Magi,_Artur, lk 80
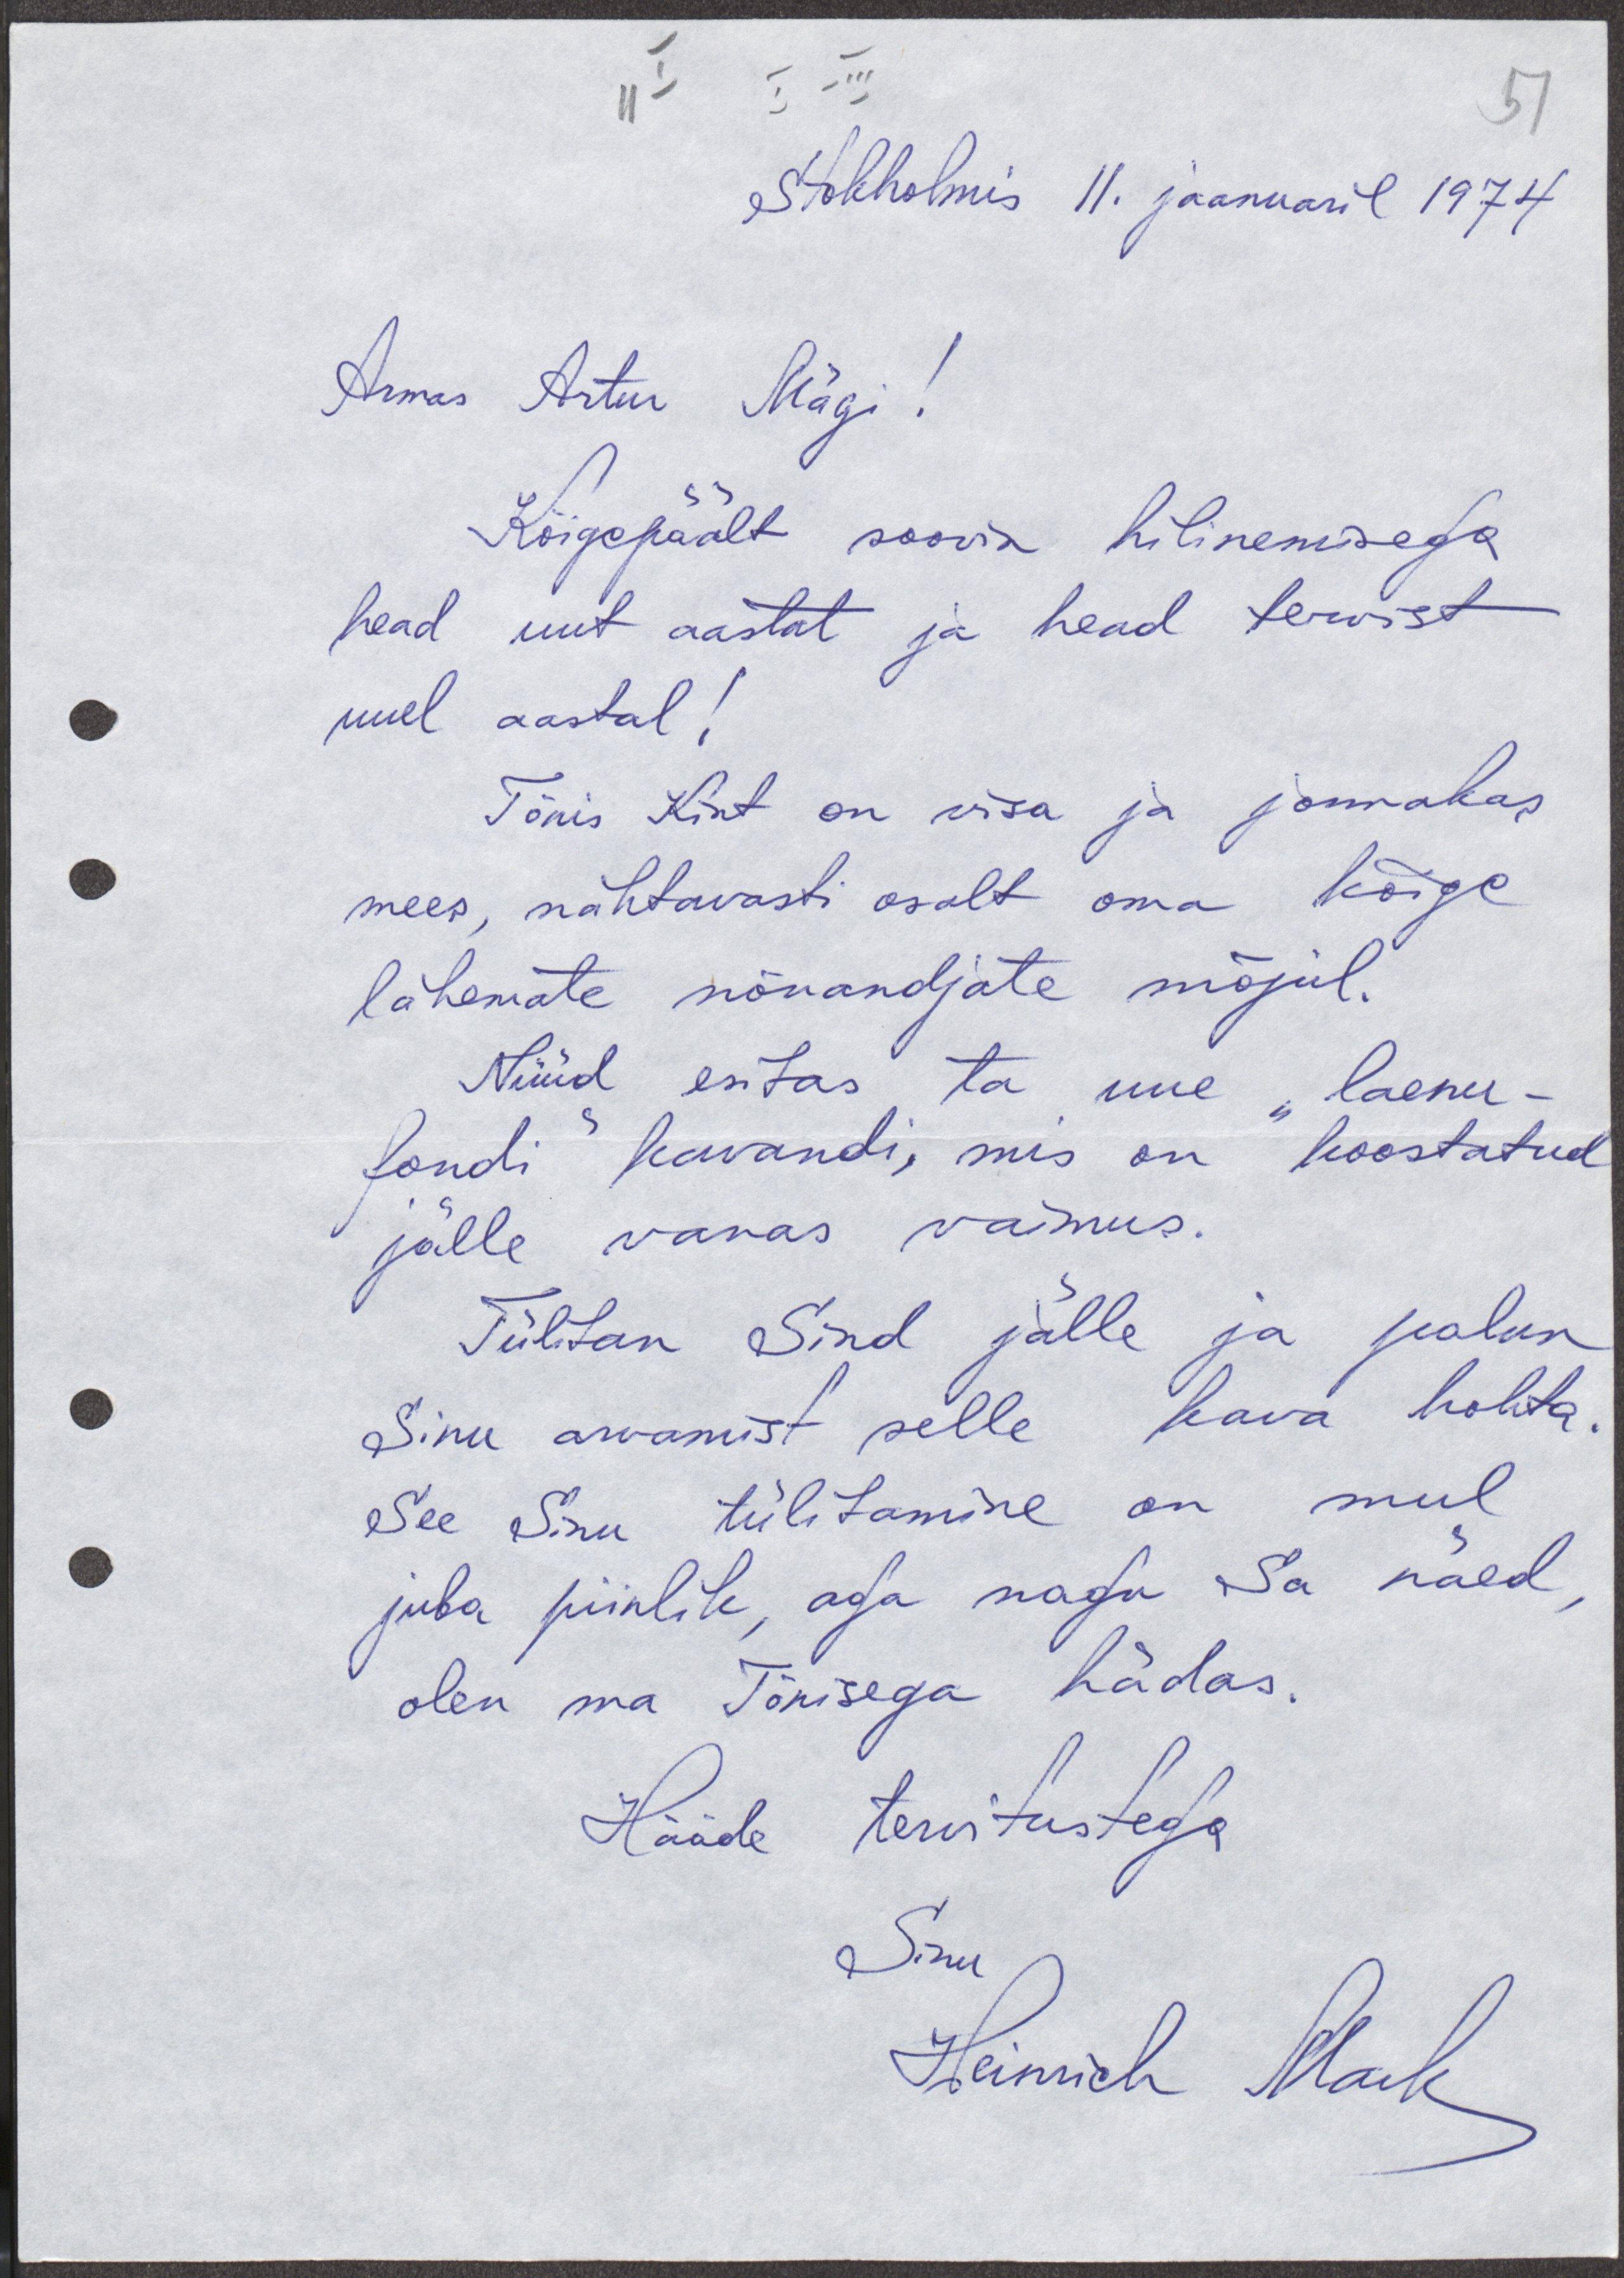
51
I
I-III
11
Stokholmis 11. jaanuaril 1974.
Armas Artur Mägi!
Kõigepäält soovin hilinemisega
head uut aastat ja head tervist
uuel aastal!
Tõnis Kint on visa ja jonnakas
mees, nähtavasti osalt oma kõige
lähemate nõuandjate mõjul.
Nüüd esitas ta uue "laenu-
fondi" kavandi, mis on koostatud
jälle vanas vaimus.
Tülitan Sind jälle ja palun
Sinu arvamist selle kava kohta
See Sinu tülitamine on mul
juba piinlik, aga nagu Sa näed,
olen ma Tõnisega hädas.
Hääde tervitustega
Sinu
Heinrich Mark